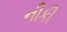
નીકી